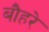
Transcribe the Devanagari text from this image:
बौहरे